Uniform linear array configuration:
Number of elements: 8
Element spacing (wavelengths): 1
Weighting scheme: binomial
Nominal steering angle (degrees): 0
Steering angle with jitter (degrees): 0.5058
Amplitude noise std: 0.05
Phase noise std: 0.05

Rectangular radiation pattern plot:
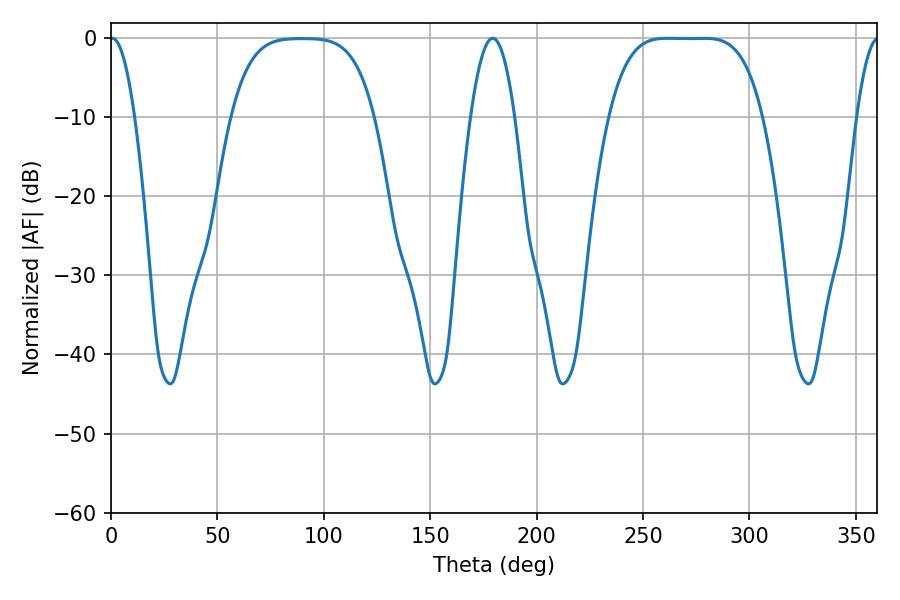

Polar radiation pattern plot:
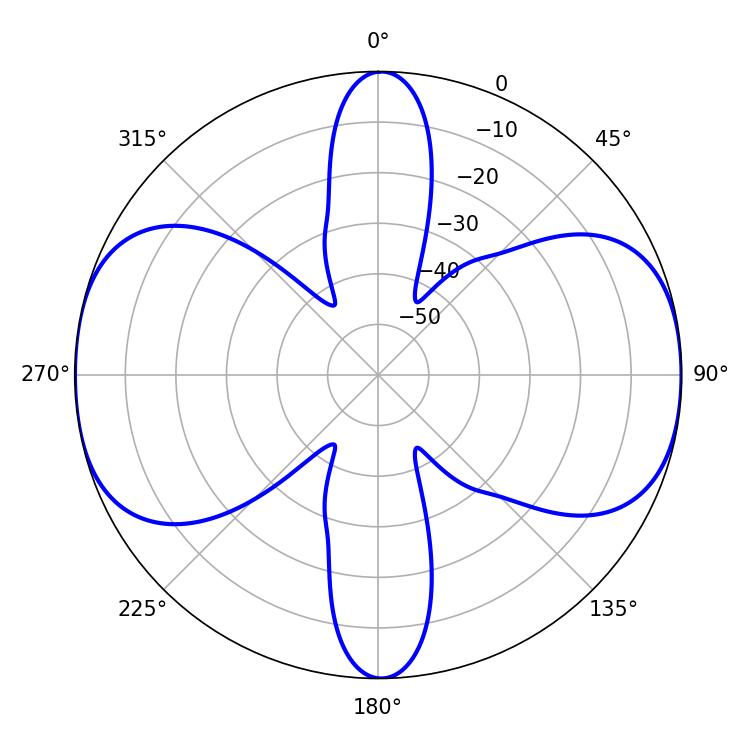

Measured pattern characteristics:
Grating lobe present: TRUE
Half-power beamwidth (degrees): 54.36
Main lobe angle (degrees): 261.54